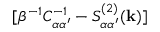
[ \beta ^ { - 1 } C _ { \alpha \alpha ^ { \prime } } ^ { - 1 } - S _ { \alpha \alpha ^ { \prime } } ^ { ( 2 ) } ( { \bf k } ) ]